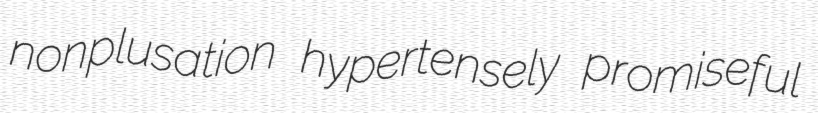
nonplusation hypertensely promiseful